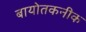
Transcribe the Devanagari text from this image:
बायोतकनीक